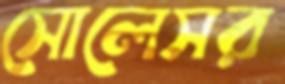
সোলেসর